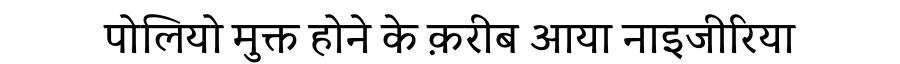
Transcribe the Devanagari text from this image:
पोलियो मुक्त होने के क़रीब आया नाइजीरिया